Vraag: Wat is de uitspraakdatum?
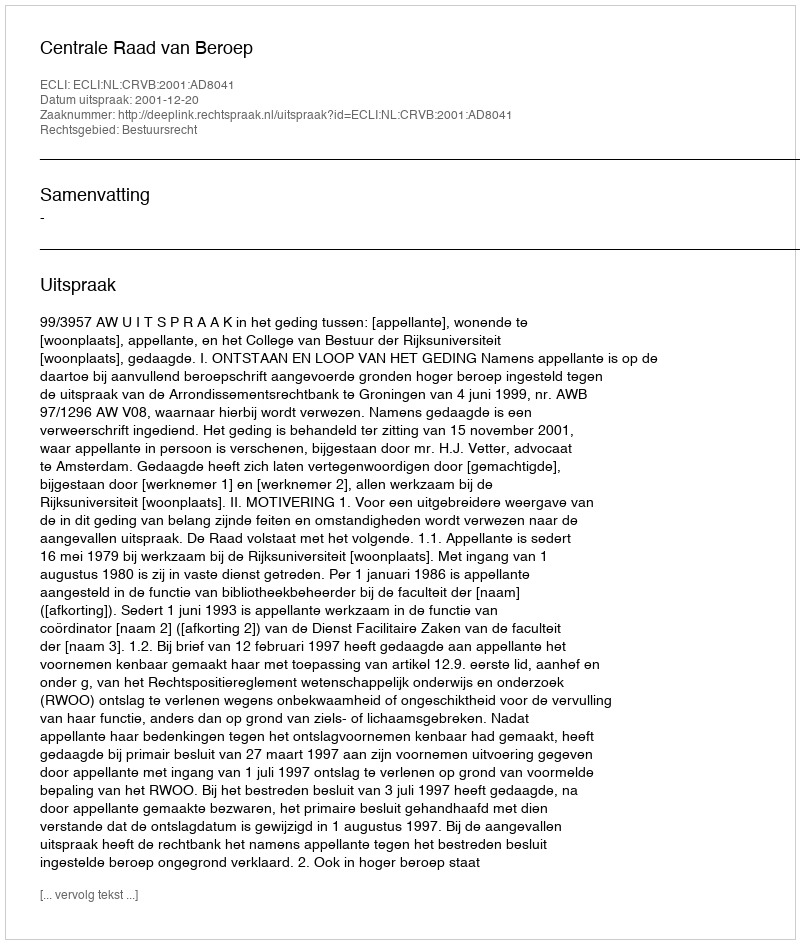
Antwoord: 2001-12-20